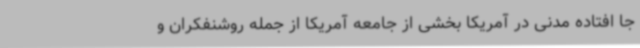
جا افتاده مدنی در آمریکا بخشی از جامعه آمریکا از جمله روشنفکران و